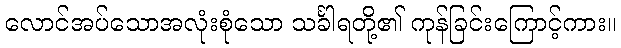
လောင်အပ်သောအလုံးစုံသော သင်္ခါရတို့၏ ကုန်ခြင်းကြောင့်ကား။